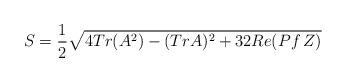
LaTeX: \begin{align*}S= {1\over 2} \sqrt{4 Tr (A^2) - ( Tr A)^2 + 32 Re (Pf \,Z) }\end{align*}